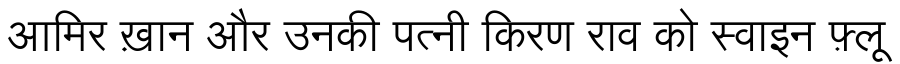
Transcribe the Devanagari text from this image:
आमिर ख़ान और उनकी पत्नी किरण राव को स्वाइन फ़्लू